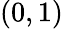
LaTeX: (0,1)